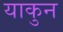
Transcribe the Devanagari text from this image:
याकुन